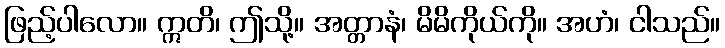
ဖြည့်ပါလော။ ဣတိ၊ ဤသို့။ အတ္တာနံ၊ မိမိကိုယ်ကို။ အဟံ၊ ငါသည်။